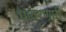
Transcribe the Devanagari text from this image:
धावरणारी